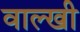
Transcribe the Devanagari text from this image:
वाल्खी